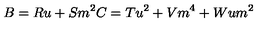
B = R u + S m ^ { 2 } C = T u ^ { 2 } + V m ^ { 4 } + W u m ^ { 2 }